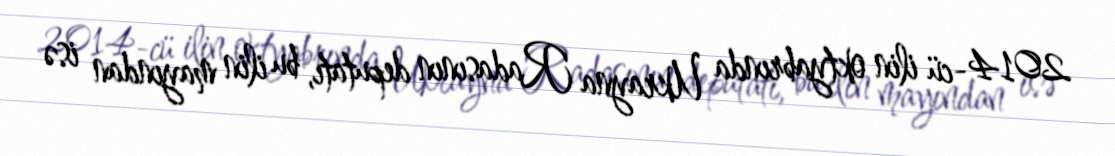
2014-cü ilin oktyabrında Ukrayna Radasının deputatı, bu ilin mayından isə